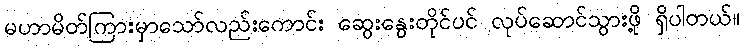
မဟာမိတ်ကြားမှာသော်လည်းကောင်း ဆွေးနွေးတိုင်ပင် လုပ်ဆောင်သွားဖို့ ရှိပါတယ်။